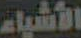
الأشياء